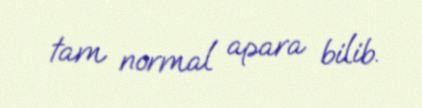
tam normal apara bilib.